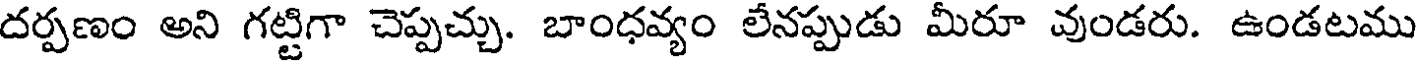
దర్పణం అని గట్టిగా చెప్పచ్చు. బాంధవ్యం లేనప్పుడు మీరూ వుండరు. ఉండటము